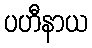
ပဟီနာယ